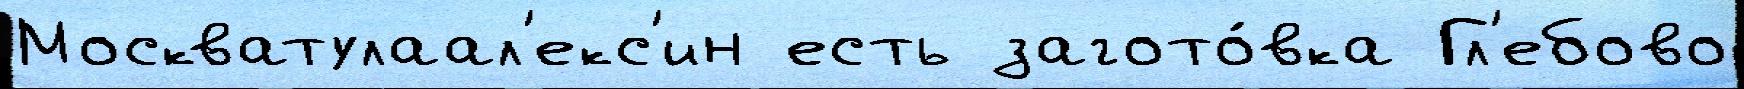
Москватулаал'екс'ин есть загото́вка Гл'ебово